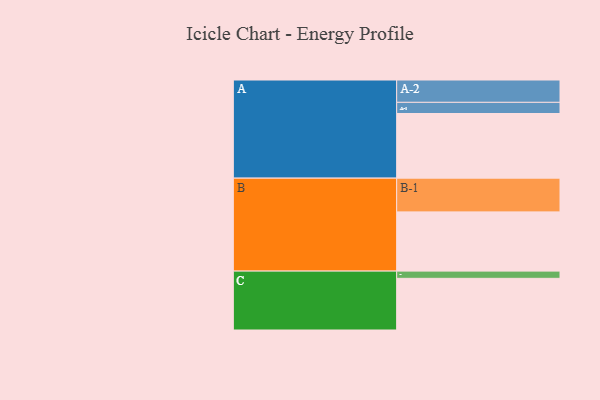
{"axis": {"x": "Segment", "y": "Value"}, "legend": ["", "A", "B", "C"], "data": [{"x": "A", "y": 573, "type": ""}, {"x": "B", "y": 525, "type": ""}, {"x": "C", "y": 458, "type": ""}, {"x": "A-1", "y": 99, "type": "A"}, {"x": "A-2", "y": 198, "type": "A"}, {"x": "B-1", "y": 299, "type": "B"}, {"x": "C-1", "y": 64, "type": "C"}]}